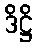
ဒိဋ္ဌိ